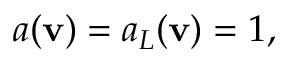
a ( \mathbf v ) = a _ { L } ( \mathbf v ) = 1 ,